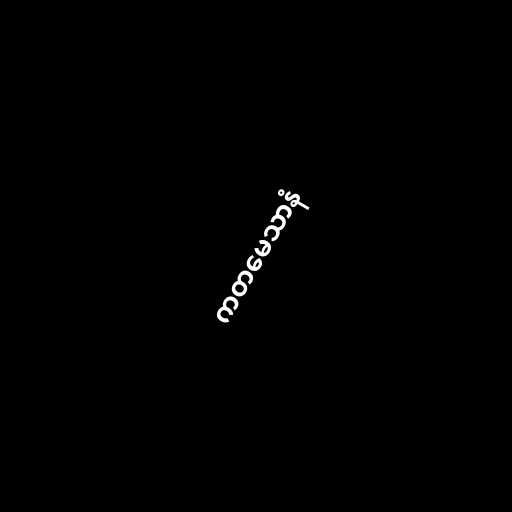
ကတမေသာနံ